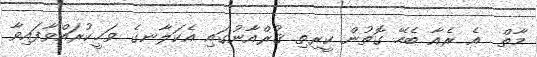
މާތް  އެ ރެއާ ބެހޭ ގޮތުން ކީރިތި ޤުރްއާނުގައި އެކަލާނގެ ވަޙީކުރައްވާފައިވާ